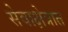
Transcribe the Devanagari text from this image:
सेवाक्षेत्रात